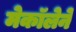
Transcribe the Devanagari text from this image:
मेकॉलेने